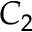
C _ { 2 }